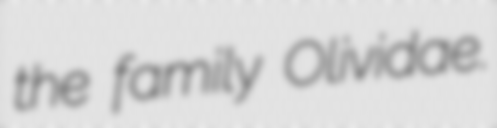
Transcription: the family Olividae.